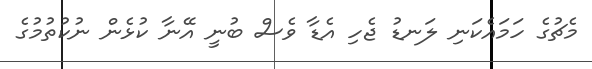
މެޗުގެ ހަމައެކަނި ލަނޑު ޖެހި އެޑާ ވެސް ބުނީ އޭނާ ކުޅެން ނުކުތުމުގެ